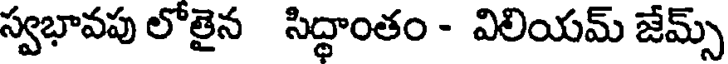
స్వభావపు లోతైన సిద్ధాంతం - విలియమ్ జేమ్స్